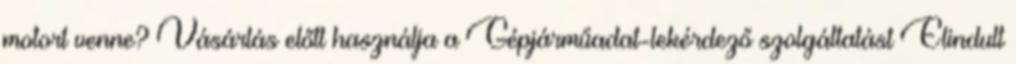
motort venne? Vásárlás előtt használja a Gépjárműadat-lekérdező szolgáltatást Elindult